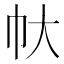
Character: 𢁖